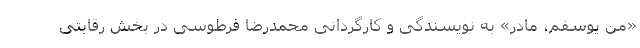
«من يوسفم، مادر» به نويسندگى و كارگردانى محمدرضا فرطوسى در بخش رقابتی